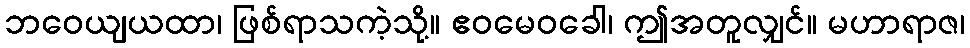
ဘဝေယျယထာ၊ ဖြစ်ရာသကဲ့သို့။ ဧဝမေဝခေါ၊ ဤအတူလျှင်။ မဟာရာဇ၊